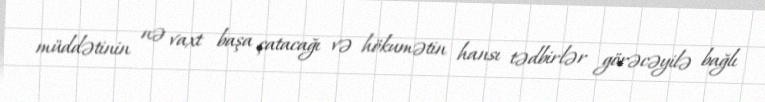
müddətinin nə vaxt başa çatacağı və hökumətin hansı tədbirlər görəcəyilə bağlı